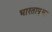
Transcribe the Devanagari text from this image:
भारतापुझा